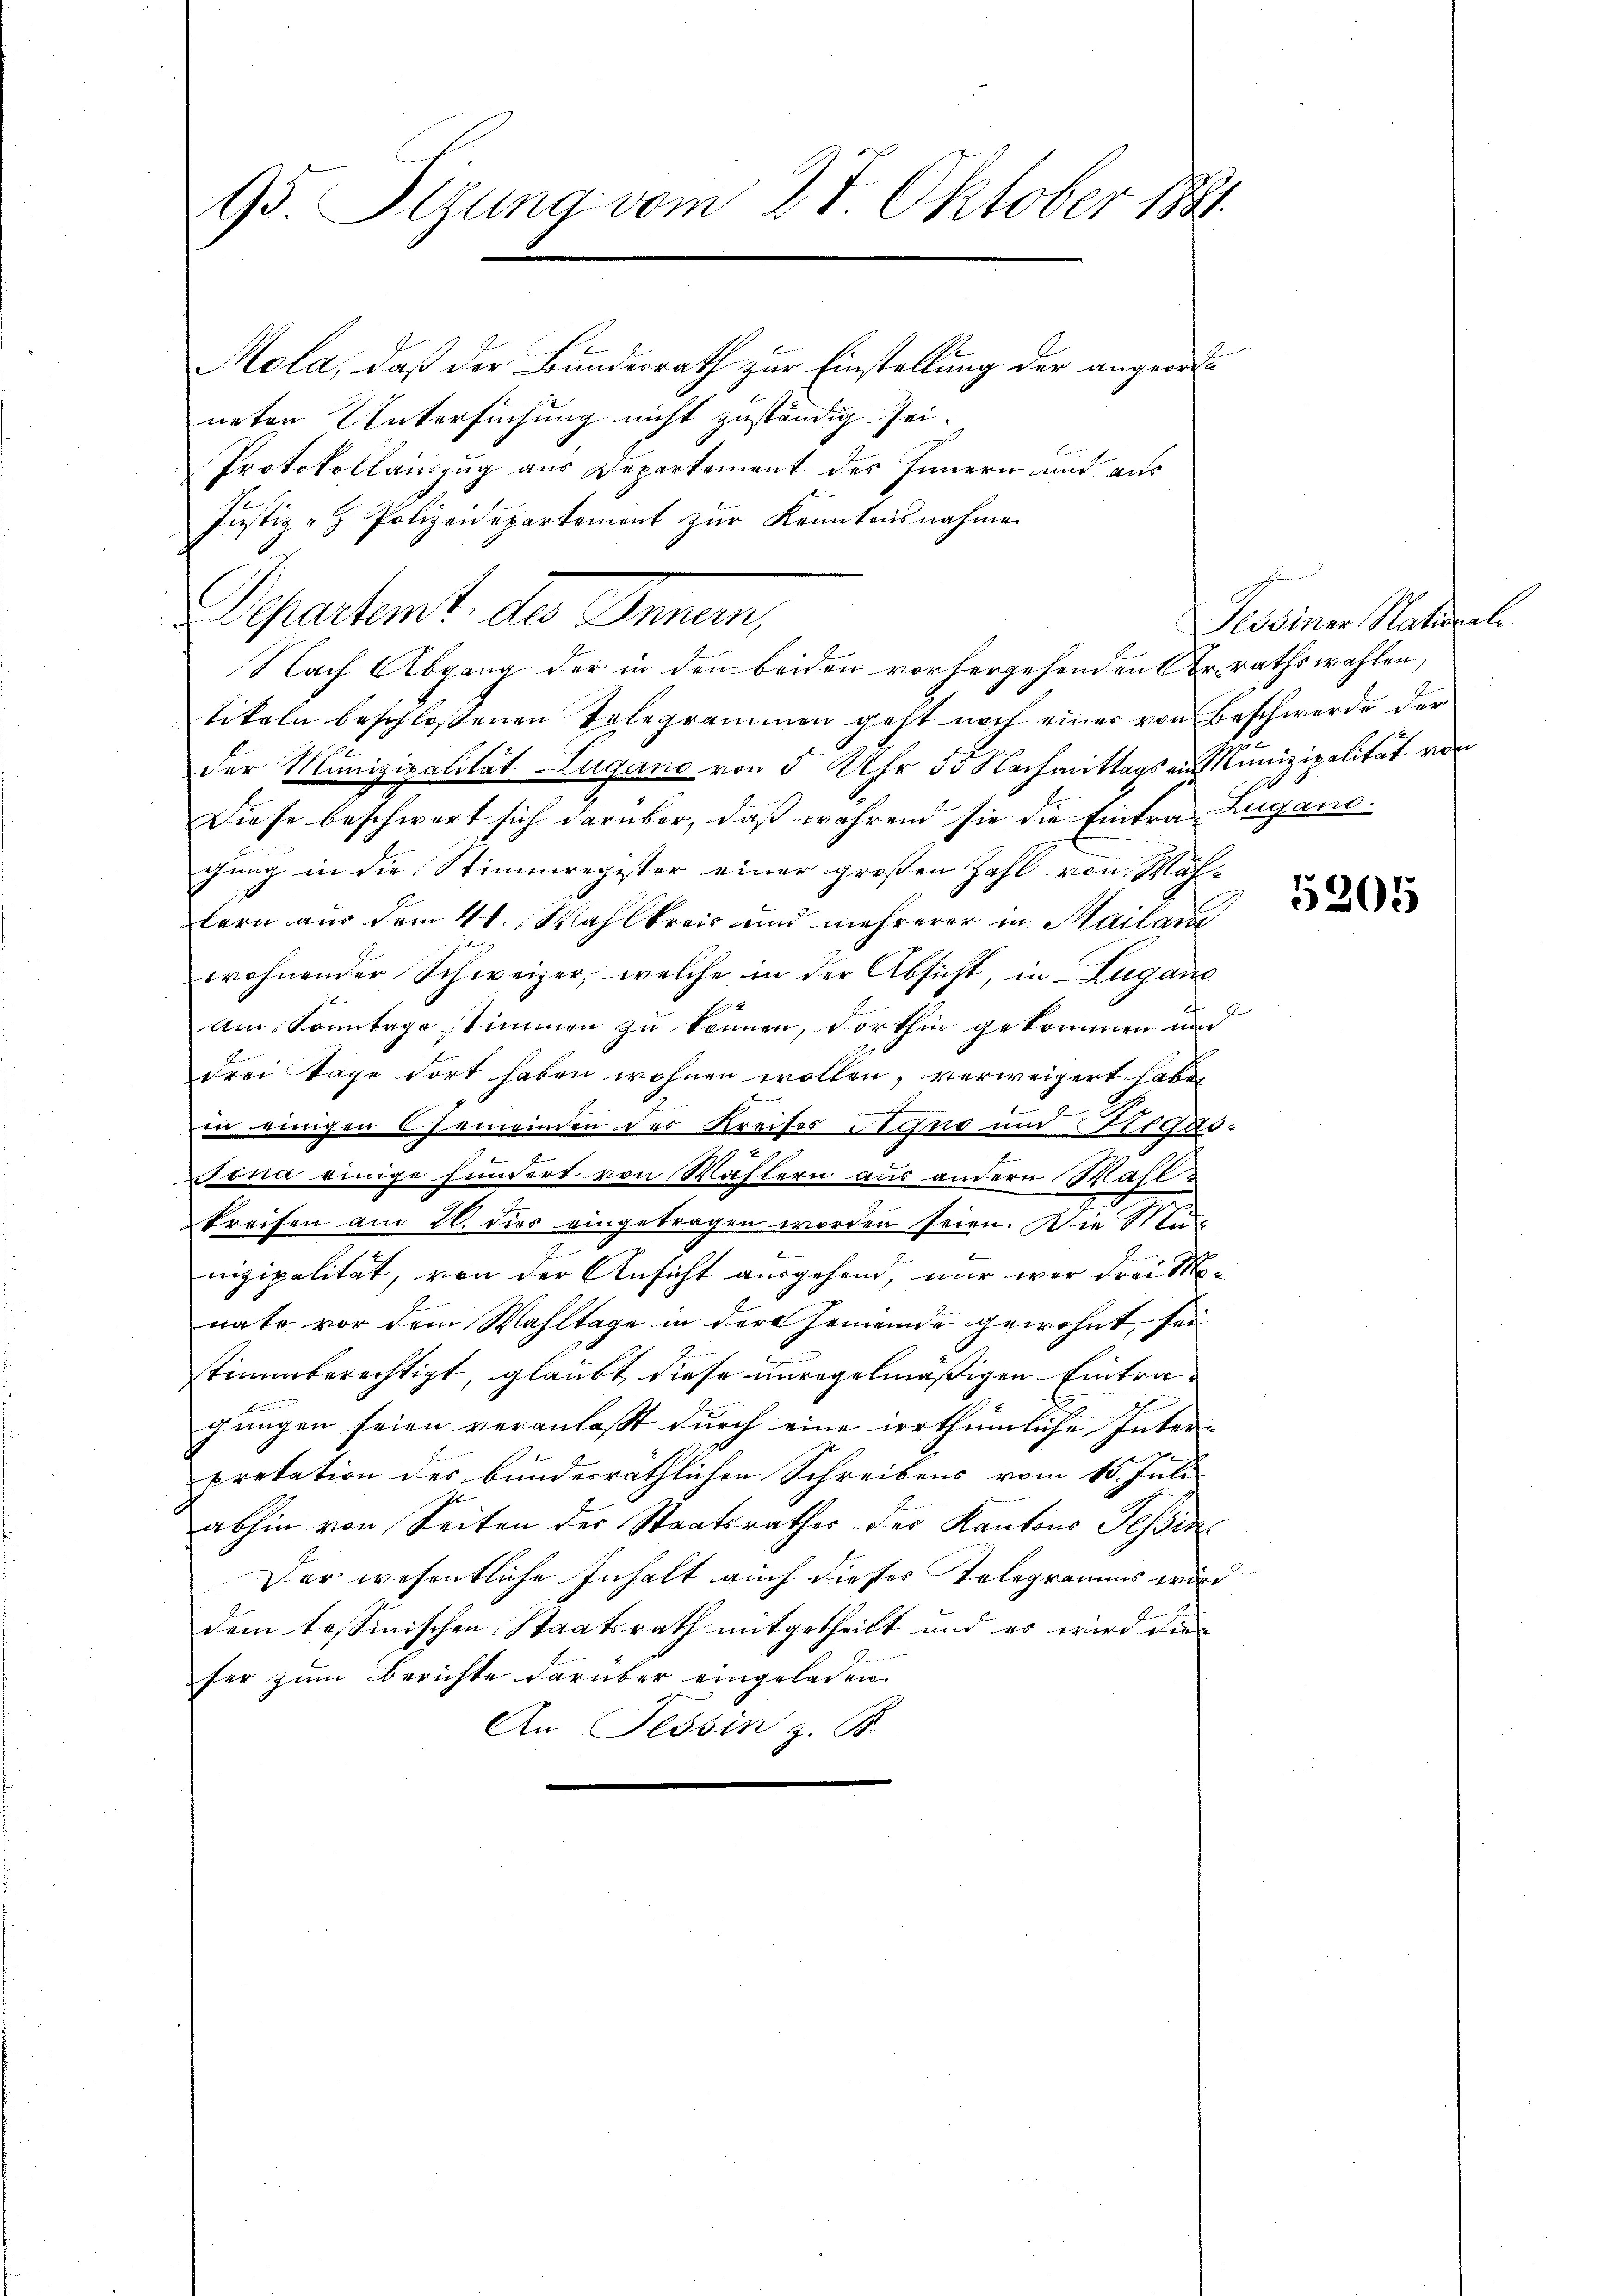
95 Sizung vom 27 Oktober 1891
Mola, daß der Bundesrath zur Einstellung der angeordn

neten Untersuchung nicht zuständig sei.
Protokollauszug aus Departement des Innern und aus
Justiz - Polizeidepartement zur Kenntnisnahme
tikeln beschlossenen Telegrammen geht noch einer von Beschwerde der
der Munizipalität Lugano von 5 Uhr 55 Nachmittags von Munizipalität von
Diese beschwert sich darüber, daß während sie die Eintra Zugano.
chung in die Stimmregister einer großen Zahl von Mählern aus dem 41. Wahlkreis und mehrerer in Mailan
wohnender Schweizer, welche in der Absicht, in Zugane
am Sonntage stimmen zu können, dorthin gekommen und
E
drei Tage dort haben wohnen wollen, verweigert habe,
in einigen 6 Gemeinden des Kreises Stano und Stegas-
e
Foria einige hundert von Wästern aus andern Mahl &
n
kreifen am 21. dies eingetragen worden seien. Die Stu
x
nizipalität, von der Ansicht ausgehend, nur war drei Mo-
nate vor dem Wahltage in der Gemeinde gewohnt, sei
stimmberechtigt, glaubt diese unregelmäßigen Eintragungen seien veranlasst durch eine irrthümliche Inter-
pretation des bunderräthlichen Schreibens vom 15. Juli
abhin von Seiten der Staatsrathes des Kantons Tessin
Der wesentliche Inhalt auch dieses Telegramms wird
dem tessinischen Staatsrath mitgetheilt und es wird die
her zum Berichte darüber eingeladen.
An Tessin z. B.

Departent. des Innen,
Nach Abgang der in den beiden vorhergehenden Fr. rathswahlen,

Pessiner Natural

5305